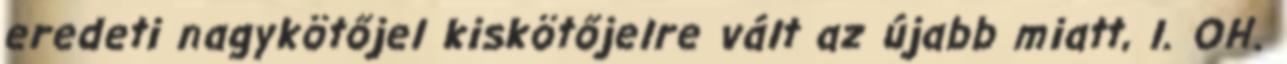
eredeti nagykötőjel kiskötőjelre vált az újabb miatt, l. OH.